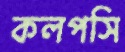
কলপসি